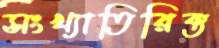
সংখ্যাতিরিক্ত